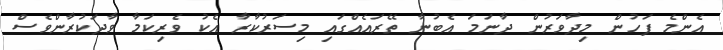
އެންމެ ފަހުން މިދާވަރުން ދާނަމަ އެބުނާ ތޭރައެއްގައި މިސަރުކާރާ އެކު ވެރިކަމާ ވާދަކުރާންވެސް